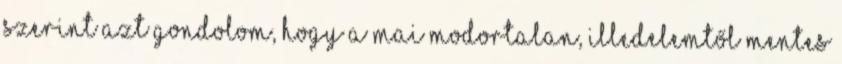
szerint azt gondolom, hogy a mai modortalan, illedelemtől mentes